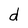
Character: d